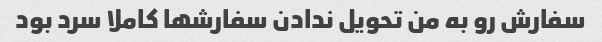
سفارش رو به من تحویل ندادن سفارشها کاملا سرد بود